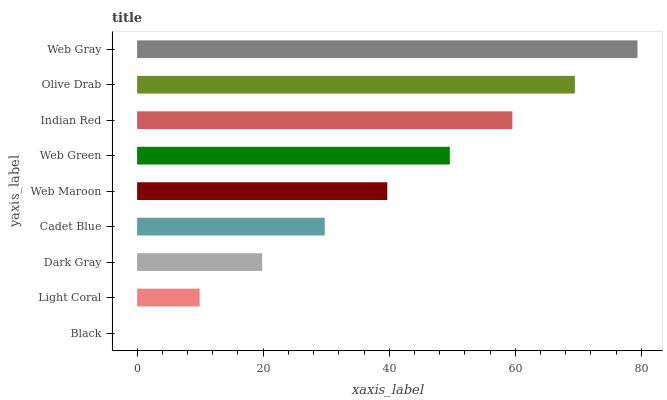
| yaxis_label | bars |
 | --- | --- |
 | Black | 0 |
 | Light Coral | 9.92 |
 | Dark Gray | 19.8 |
 | Cadet Blue | 29.8 |
 | Web Maroon | 39.7 |
 | Web Green | 49.6 |
 | Indian Red | 59.5 |
 | Olive Drab | 69.5 |
 | Web Gray | 79.4 |